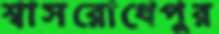
শ্বাসরোধেপুর